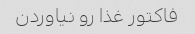
فاکتور غذا رو نیاوردن